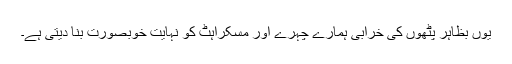
یوں بظاہر پٹھوں کی خرابی ہمارے چہرے اور مسکراہٹ کو نہایت خوبصورت بنا دیتی ہے۔